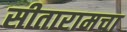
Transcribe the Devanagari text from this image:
सीतारामचा